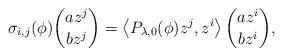
LaTeX: \begin{align*}\sigma _{i,j}(\phi) \binom{a z^{j}}{b z^{j}} = \left\langle P_{\lambda, 0}(\phi) z^{j}, z^{i}\right\rangle \binom{a z^{i}}{b z^{i}},\end{align*}